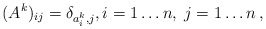
\begin{align*}(A^k )_{ij} = \delta _{a_i^k ,j} ,i = 1 \ldots n,\;j = 1 \ldots n\,,\end{align*}